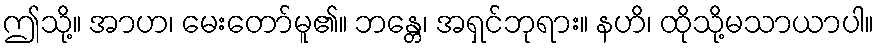
ဤသို့။ အာဟ၊ မေးတော်မူ၏။ ဘန္တေ၊ အရှင်ဘုရား။ နဟိ၊ ထိုသို့မသာယာပါ။